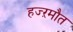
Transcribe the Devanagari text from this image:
हज्ऱमौत